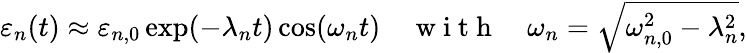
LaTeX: \varepsilon_{n}(t)\approx\varepsilon_{n,0}\exp(-\lambda_{n}t)\cos(\omega_{n}t)\quad\mathrm{~w~i~t~h~}\quad\omega_{n}=\sqrt{\omega_{n,0}^{2}-\lambda_{n}^{2}},